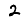
Digit: 2